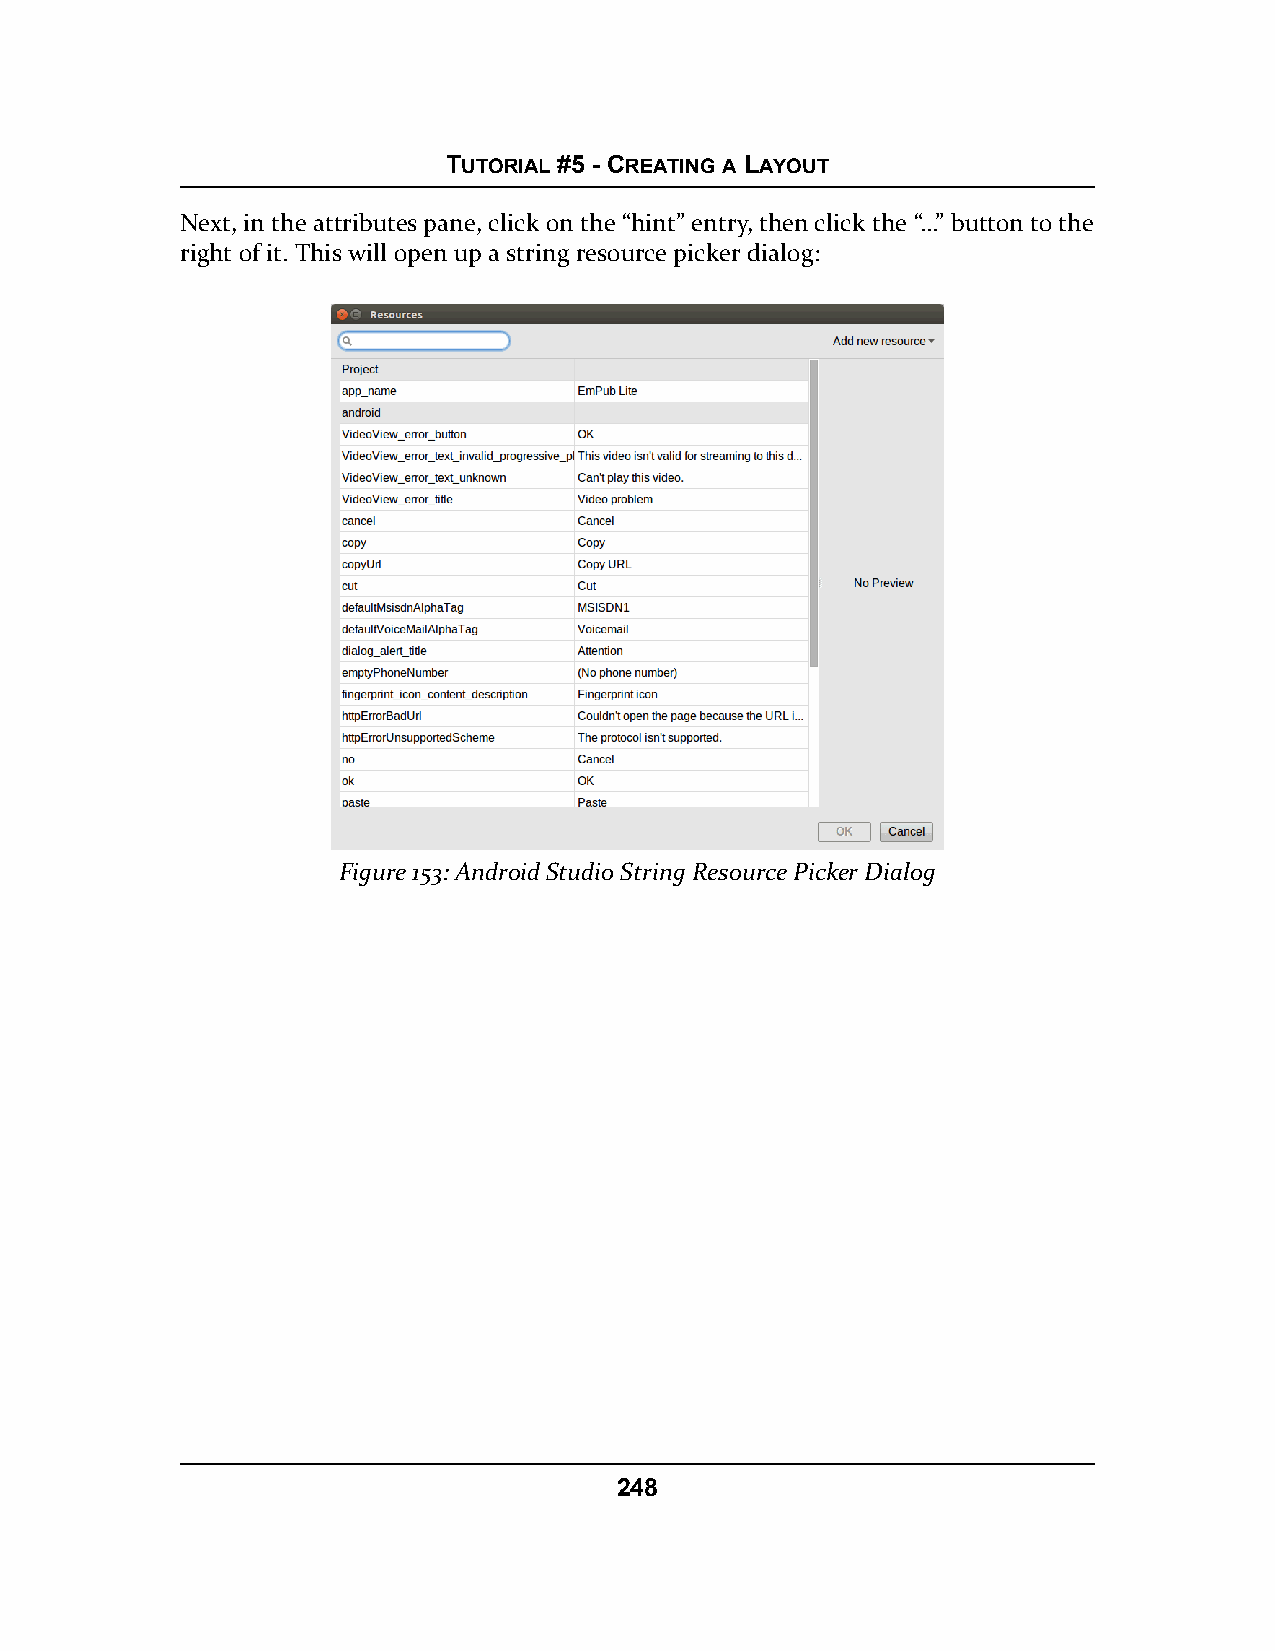
TUTORIAL #5 - CREATING A LAYOUT
 Next, in the attributes pane, click on the “hint” entry, then click the “…” button to the
 right of it. This will open up a string resource picker dialog:
 Figure 153: Android Studio String Resource Picker Dialog
 248